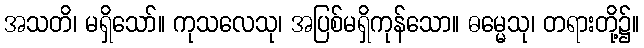
အသတိ၊ မရှိသော်။ ကုသလေသု၊ အပြစ်မရှိကုန်သော။ ဓမ္မေသု၊ တရားတို့၌။